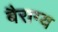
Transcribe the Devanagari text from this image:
बैराग्य